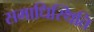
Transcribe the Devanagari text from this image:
समाधिस्थिति